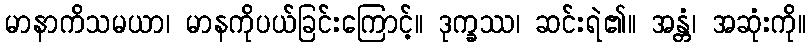
မာနာကိသမယာ၊ မာနကိုပယ်ခြင်းကြောင့်။ ဒုက္ခဿ၊ ဆင်းရဲ၏။ အန္တံ၊ အဆုံးကို။